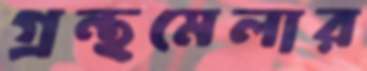
গ্রন্থমেলার